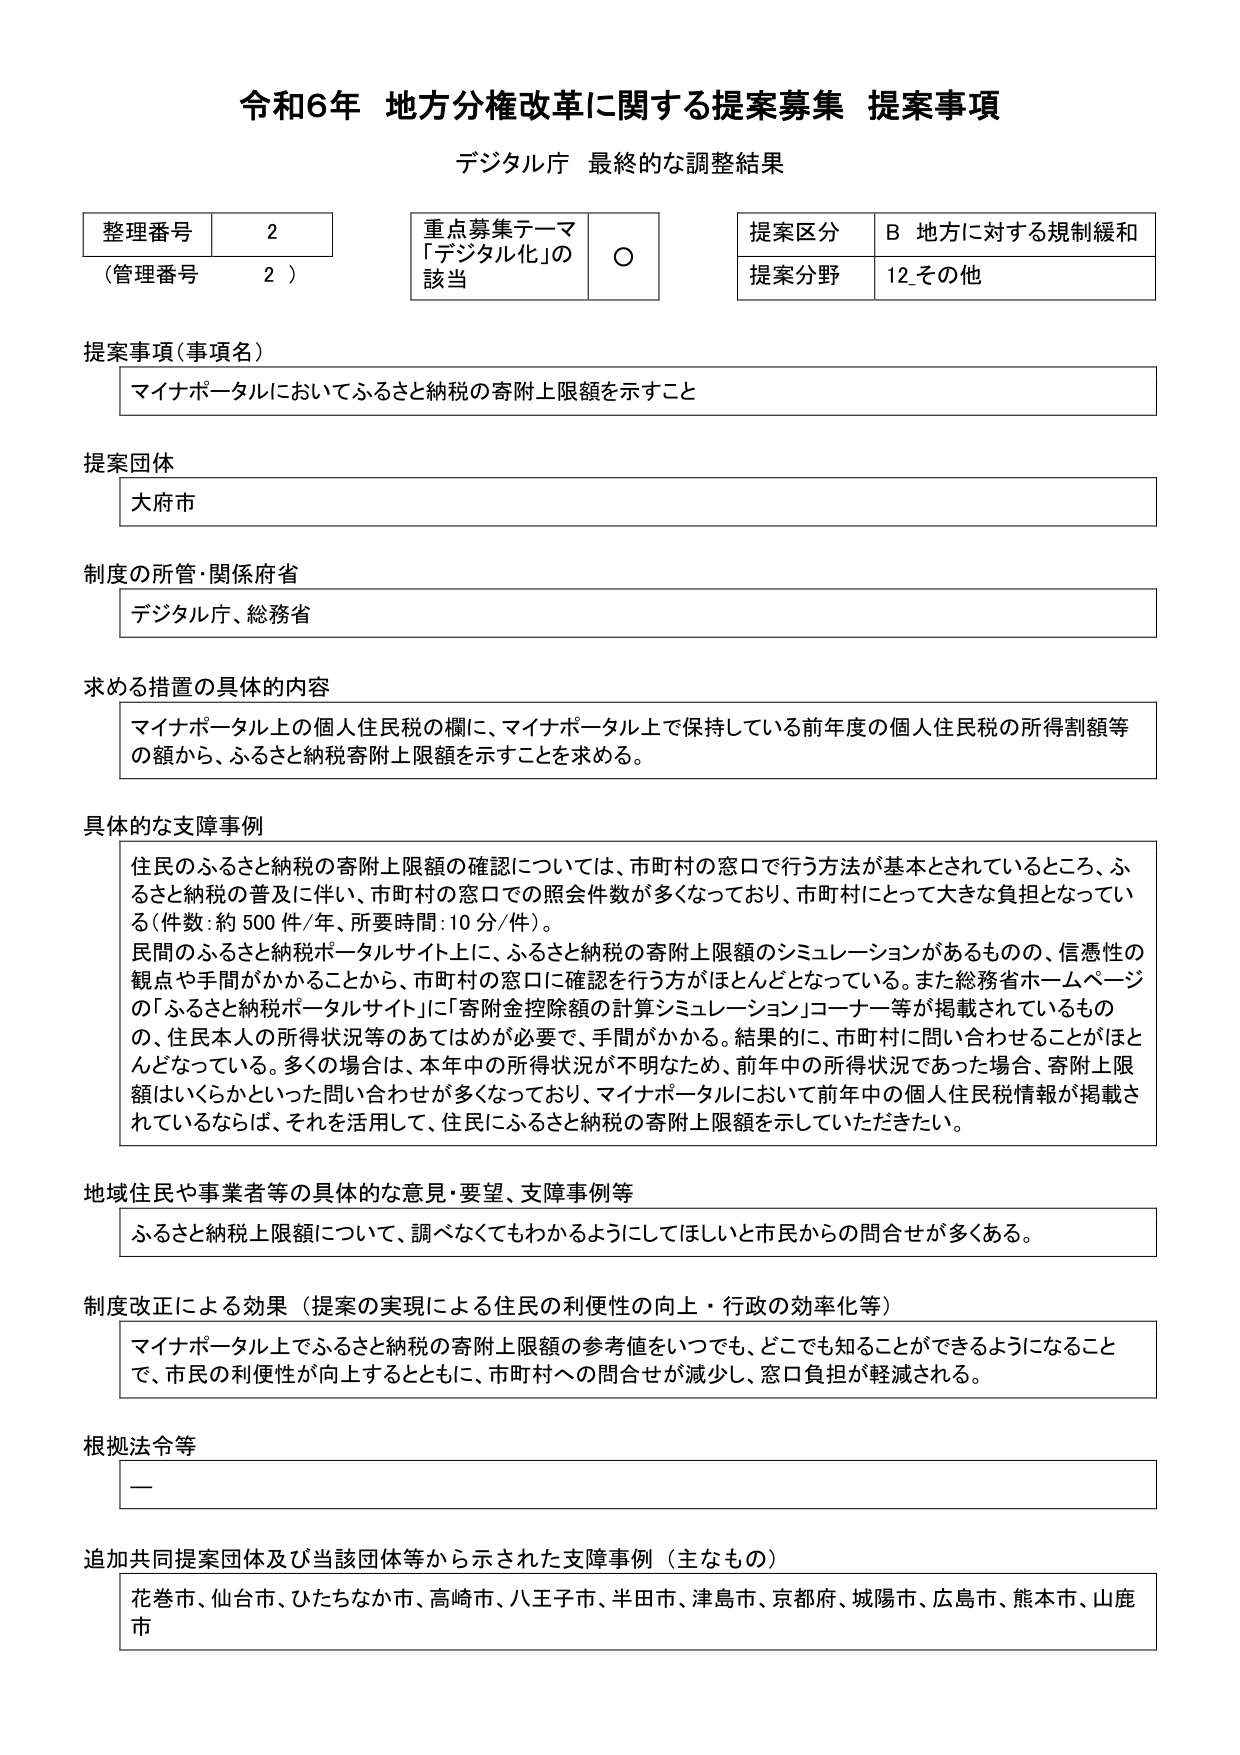
令和6年 地方分権改革に関する提案募集 提案事項
デジタル庁 最終的な調整結果

整理番号 2
（管理番号 2）

重点募集テーマ
「デジタル化」の該当 ○

提案区分 B 地方に対する規制緩和
提案分野 12 その他

提案事項（事項名）
マイナポータルにおいてふるさと納税の寄附上限額を示すこと

提案団体
大府市

制度の所管・関係府省
デジタル庁、総務省

求める措置の具体的内容
マイナポータル上の個人住民税の欄に、マイナポータル上で保持している前年度の個人住民税の所得割額等の額から、ふるさと納税寄附上限額を示すことを求める。

具体的な支障事例
住民のふるさと納税の寄附上限額の確認については、市町村の窓口で行う方法が基本とされているところ、ふるさと納税の普及に伴い、市町村の窓口での照会件数が多くなっており、市町村にとって大きな負担となっている（件数：約500件/年、所要時間：10分/件）。
民間のふるさと納税ポータルサイト上に、ふるさと納税の寄附上限額のシミュレーションがあるものの、信憑性の観点や手間がかかることから、市町村の窓口に確認を行う方がほとんどとなっている。また総務省ホームページの「ふるさと納税ポータルサイト」に「寄附金控除額の計算シミュレーション」コーナー等が掲載されているものの、住民本人の所得状況等のあてはめが必要で、手間がかかる。結果的に、市町村に問い合わせることがほとんどとなっている。多くの場合は、本年中の所得状況が不明なため、前年中の所得状況であった場合、寄附上限額はいくらかといった問い合わせが多くなっており、マイナポータルにおいて前年中の個人住民税情報が掲載されているならば、それを活用して、住民にふるさと納税の寄附上限額を示していただきたい。

地域住民や事業者等の具体的な意見・要望、支障事例等
ふるさと納税上限額について、調べなくてもわかるようにしてほしいと市民からの問合せが多くある。

制度改正による効果（提案の実現による住民の利便性の向上・行政の効率化等）
マイナポータル上でふるさと納税の寄附上限額の参考値をいつでも、どこでも知ることができるようになることで、市民の利便性が向上するとともに、市町村への問合せが減少し、窓口負担が軽減される。

根拠法令等
ー

追加共同提案団体及び当該団体等から示された支障事例（主なもの）
花巻市、仙台市、ひたちなか市、高崎市、八王子市、半田市、津島市、京都府、城陽市、広島市、熊本市、山鹿市